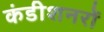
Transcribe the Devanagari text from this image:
कंडीशनरों